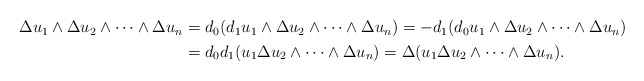
\begin{align*}\begin{aligned}\Delta u_1\wedge\Delta u_2\wedge \dots\wedge\Delta u_n&=d_0(d_1u_1\wedge\Delta u_2\wedge \dots\wedge\Delta u_n)=-d_1(d_0u_1\wedge\Delta u_2\wedge \dots\wedge\Delta u_n)\\&=d_0d_1(u_1\Delta u_2\wedge \dots\wedge\Delta u_n)=\Delta(u_1\Delta u_2\wedge \dots\wedge\Delta u_n).\end{aligned}\end{align*}